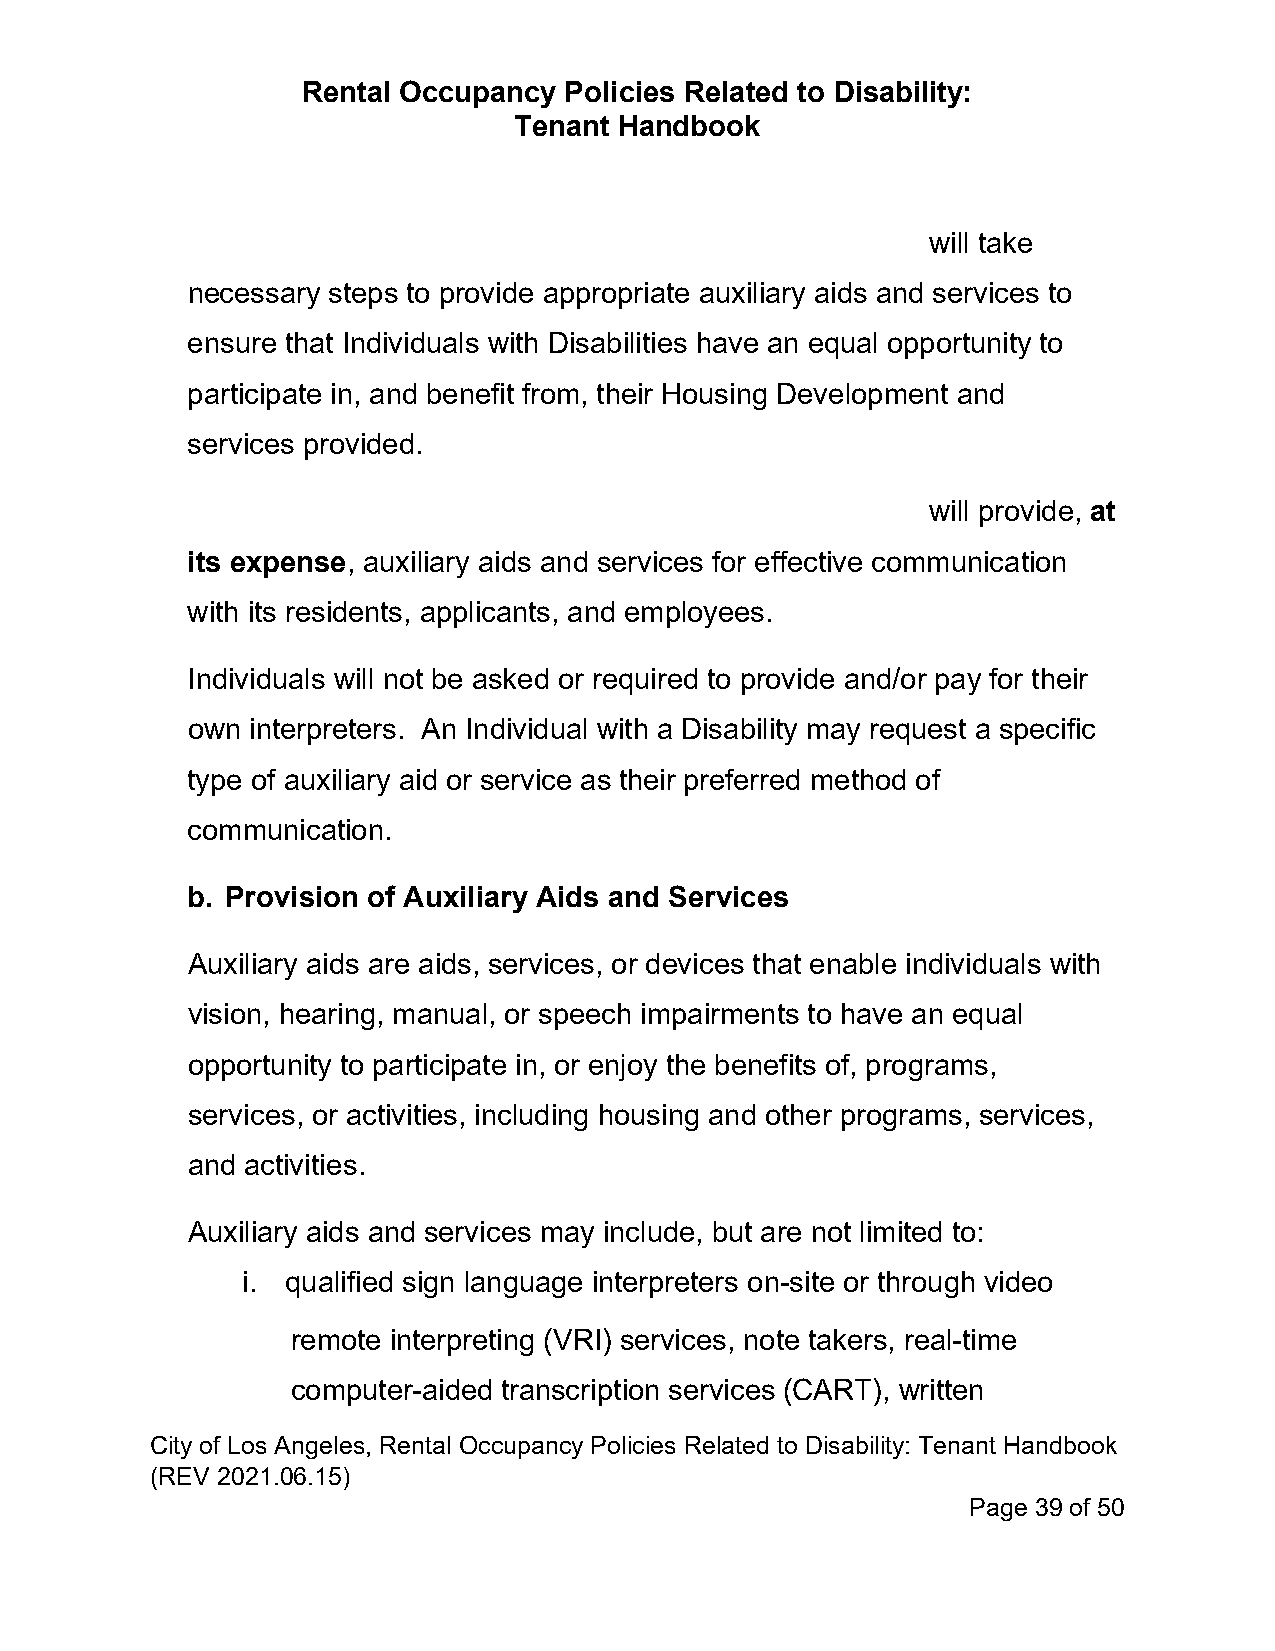
Rental Occupancy Policies Related to Disability:
 Tenant Handbook
 will take
 necessary steps to provide appropriate auxiliary aids and services to
 ensure that Individuals with Disabilities have an equal opportunity to
 participate in, and benefit from, their Housing Development and
 services provided.
 will provide, at
 its expense, auxiliary aids and services for effective communication
 with its residents, applicants, and employees.
 Individuals will not be asked or required to provide and/or pay for their
 own  interpreters. An Individual with a Disability may request a specific
 type of auxiliary aid or service as their preferred method of
 communication.
 b. Provision of Auxiliary Aids and Services
 Auxiliary aids are aids, services, or devices that enable individuals with
 vision, hearing, manual, or speech impairments to have an equal
 opportunity to participate in, or enjoy the benefits of, programs,
 services, or activities, including housing and other programs, services,
 and activities.
 Auxiliary aids and services may include, but are not limited to:
 i. qualified sign language interpreters on-site or through video
 remote interpreting (VRI) services, note takers, real-time
 computer-aided transcription services (CART), written
 City of Los Angeles, Rental Occupancy Policies Related to Disability: Tenant Handbook
 (REV 2021.06.15)
 Page 39 of 50